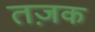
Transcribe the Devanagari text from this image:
तज़क